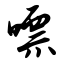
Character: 嘌